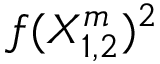
f ( X _ { 1 , 2 } ^ { m } ) ^ { 2 }